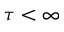
\tau < \infty